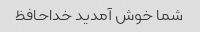
شما خوش آمدید خداحافظ